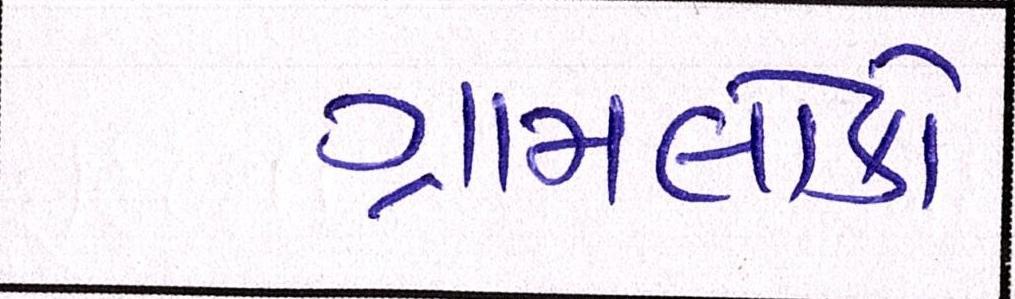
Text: ગ્રામલોકો